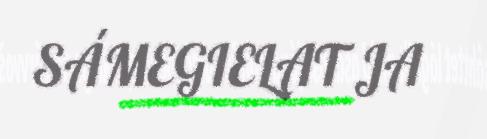
SÁMEGIELAT JA